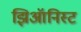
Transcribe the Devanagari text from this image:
झिऑनिस्ट